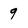
Character: 9